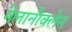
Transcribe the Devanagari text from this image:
मेलानीक्लेन